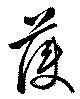
護